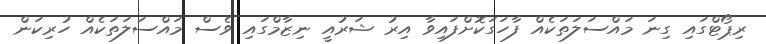
ރިޕޯޓްގައި ގިނަ މައްސަލަތަކެއް ފާހަގަކޮށްފައިވާ އިރު ޝަރުއީ ނިޒާމްގައި ވެސް މައްސަލަތަކެއް ހުރިކަން